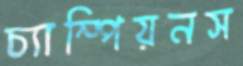
চ্যাম্পিয়নস